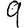
Digit: 9